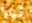
قولوا